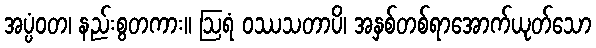
အပ္ပံဝတ၊ နည်းစွတကား။ ဩရံ ဝဿသတာပိ၊ အနှစ်တစ်ရာအောက်ယုတ်သော